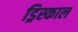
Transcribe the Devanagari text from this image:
ड्रिस्काल